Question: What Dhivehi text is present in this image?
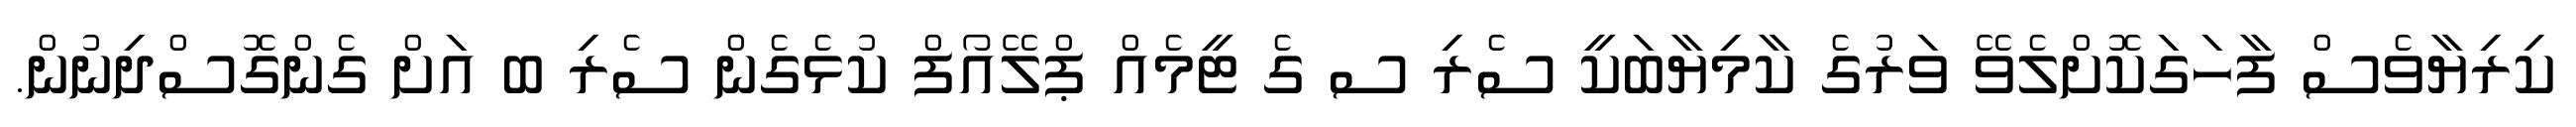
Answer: ކިރިޔާވެސް ފާހަގަކޮށްލެވޭ ވަރުގެ ކާމިޔާބަކީ ސެރި ސ ގެ ޓީމެއް ޕްލޭއޯފް ކުޅެގެން ސެރި ބ އަށް ގެންގޮސްދިނުން.